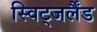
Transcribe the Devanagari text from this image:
स्विट्जर्लैंड